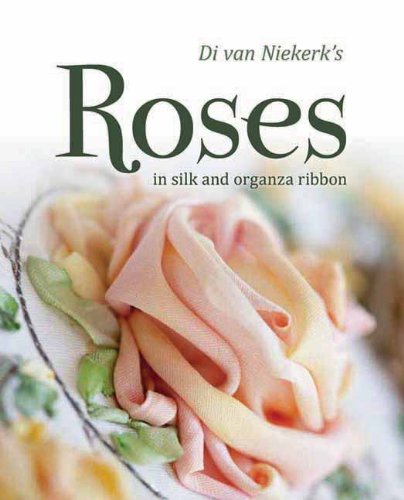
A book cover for Di Van Niekerk's Roses in Silk and Organza Ribbon; Di Van Niekerk; Crafts, Hobbies & Home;